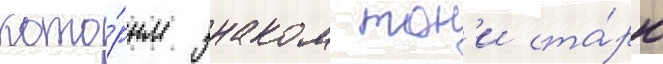
кото́рым знаком тон'и ста́рк